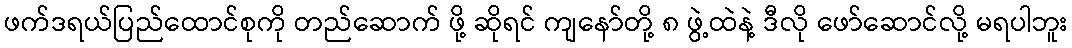
ဖက်ဒရယ်ပြည်ထောင်စုကို တည်ဆောက် ဖို့ ဆိုရင် ကျနော်တို့ ၈ ဖွဲ့ထဲနဲ့ ဒီလို ဖော်ဆောင်လို့ မရပါဘူး